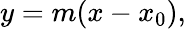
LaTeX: y=m(x-x_{0}),